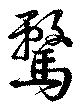
騖